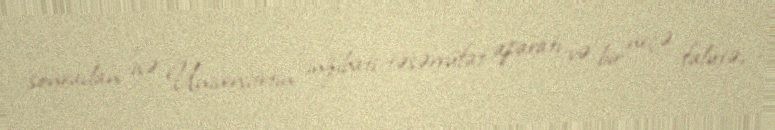
sonradan isə Universitetin inzibati-təsərrüfat aparatı və bir neçə falutə,